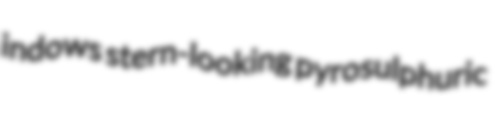
indows stern-looking pyrosulphuric